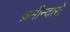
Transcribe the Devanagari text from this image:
ज़मीन्दारों